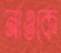
নাওকে